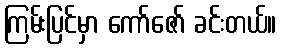
ကြမ်းပြင်မှာ ကော်ဇော် ခင်းတယ်။